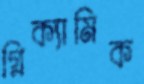
গ্লিক্যামিক